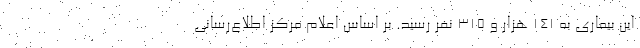
این بیماری به ۱۴۱ هزار و ۳۱۵ نفر رسید. بر اساس اعلام مرکز اطلاع‌رسانی